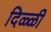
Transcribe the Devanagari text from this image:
दिळ्ळी